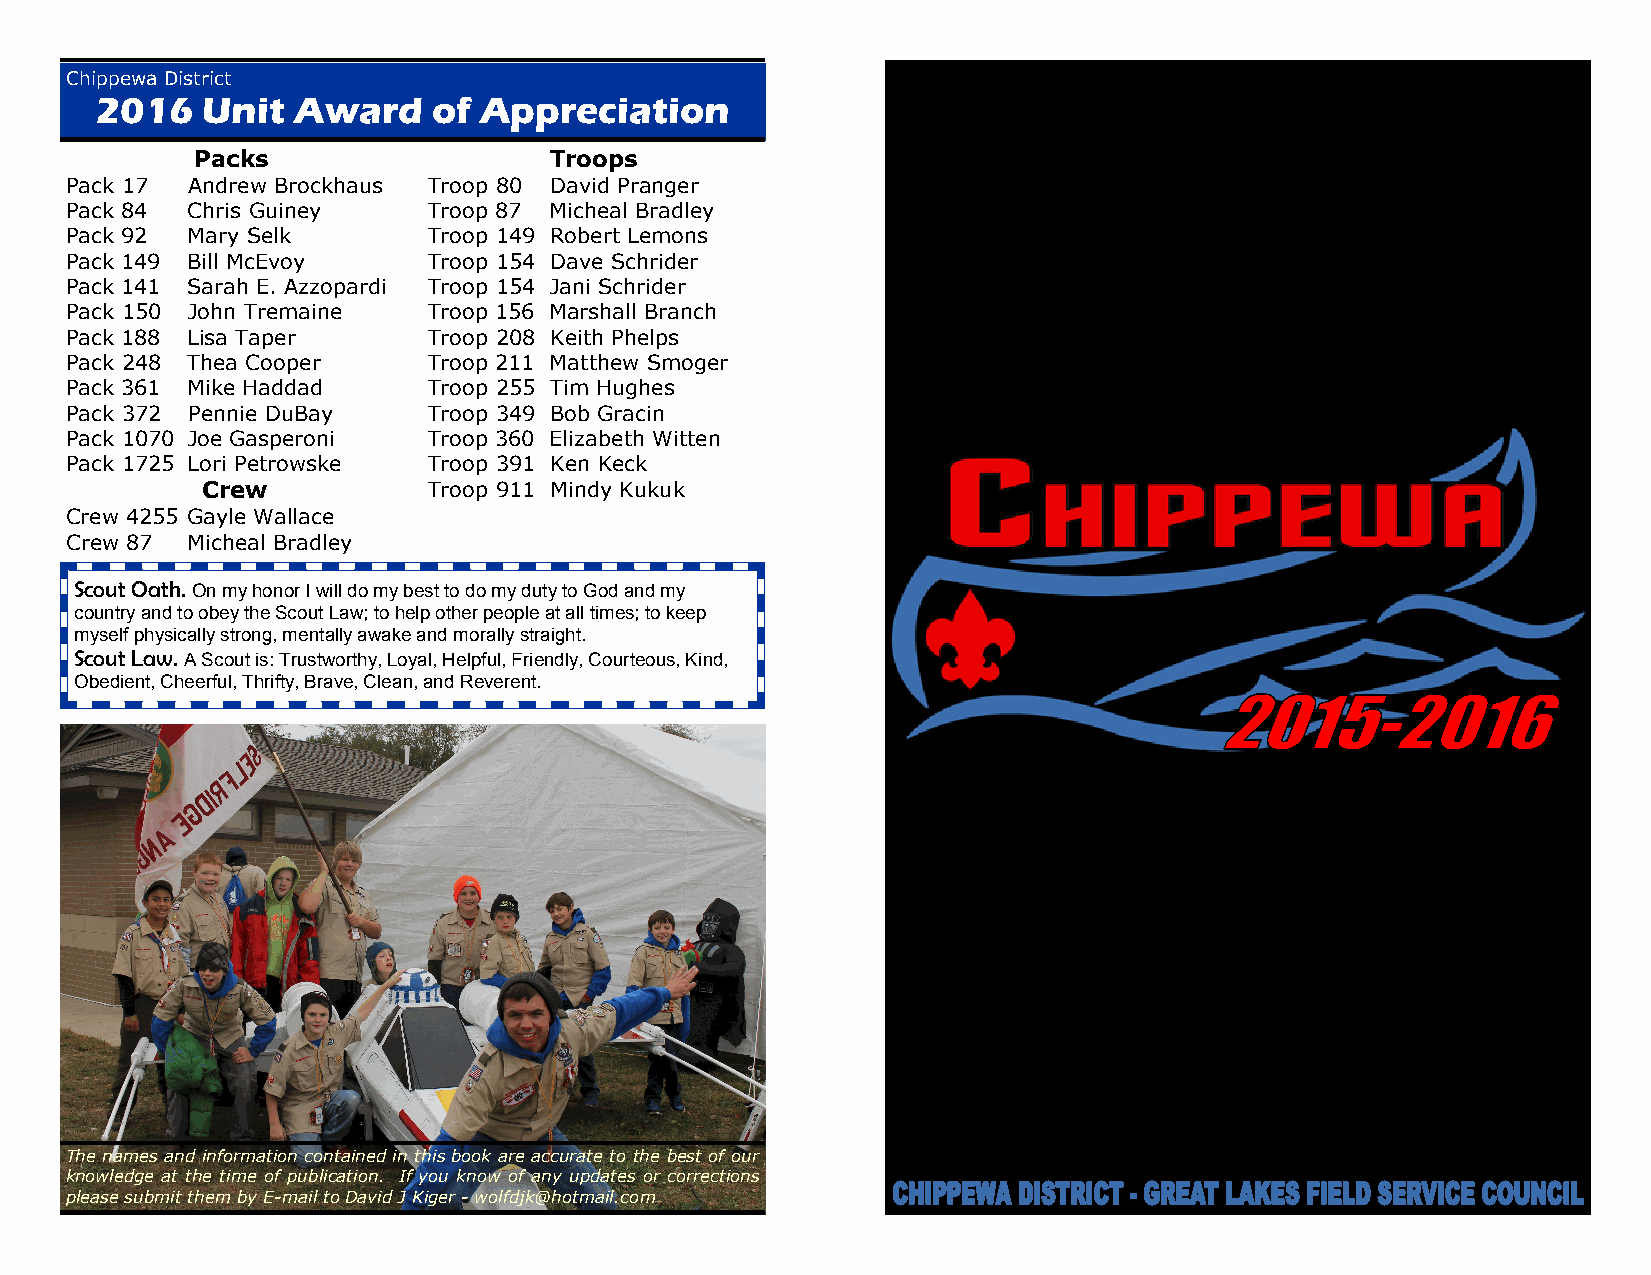
Chippewa District
 2016   Unit  Award     of Appreciation
 Packs                  Troops
 Pack 17 Andrew Brockhaus Troop 80 David Pranger
 Pack 84 Chris Guiney    Troop 87 Micheal Bradley
 Pack 92 Mary Selk       Troop 149 Robert Lemons
 Pack 149 Bill McEvoy    Troop 154 Dave Schrider
 Pack 141 Sarah E. Azzopardi Troop 154 Jani Schrider
 Pack 150 John Tremaine  Troop 156 Marshall Branch
 Pack 188 Lisa Taper     Troop 208 Keith Phelps
 Pack 248 Thea Cooper    Troop 211 Matthew Smoger
 Pack 361 Mike Haddad    Troop 255 Tim Hughes
 Pack 372 Pennie DuBay   Troop 349 Bob Gracin
 Pack 1070 Joe Gasperoni Troop 360 Elizabeth Witten
 Pack 1725 Lori Petrowske Troop 391 Ken Keck
 Crew           Troop 911 Mindy Kukuk
 Crew 4255 Gayle Wallace
 Crew 87 Micheal Bradley
 Scout Oath. On my honor I will do my best to do my duty to God and my
 country and to obey the Scout Law; to help other people at all times; to keep
 myself physically strong, mentally awake and morally straight.
 Scout Law. A Scout is: Trustworthy, Loyal, Helpful, Friendly, Courteous, Kind,
 Obedient, Cheerful, Thrifty, Brave, Clean, and Reverent.
 The names and information contained in this book are accurate to the best of our
 knowledge at the time of publication. If you know of any updates or corrections
 please submit them by E-mail to David J Kiger - wolfdjk@hotmail.com